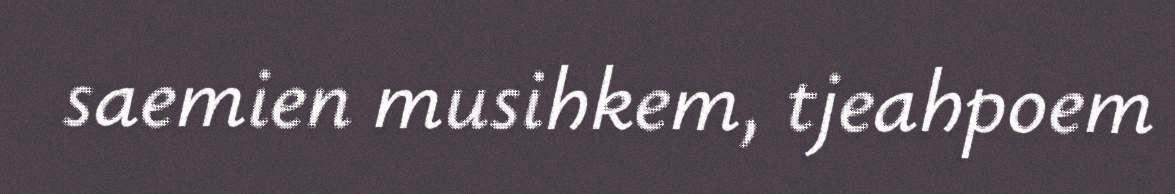
saemien musihkem, tjeahpoem